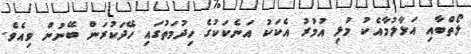
ލޯތްބާއި އަޅާލުމާއެކު މުޅި އުމުރު އެކަކު އަނެކަކުގެ ހިދުމަތުގައި ހޭދަކުރަން ބޭނުން ވިއެވެ.